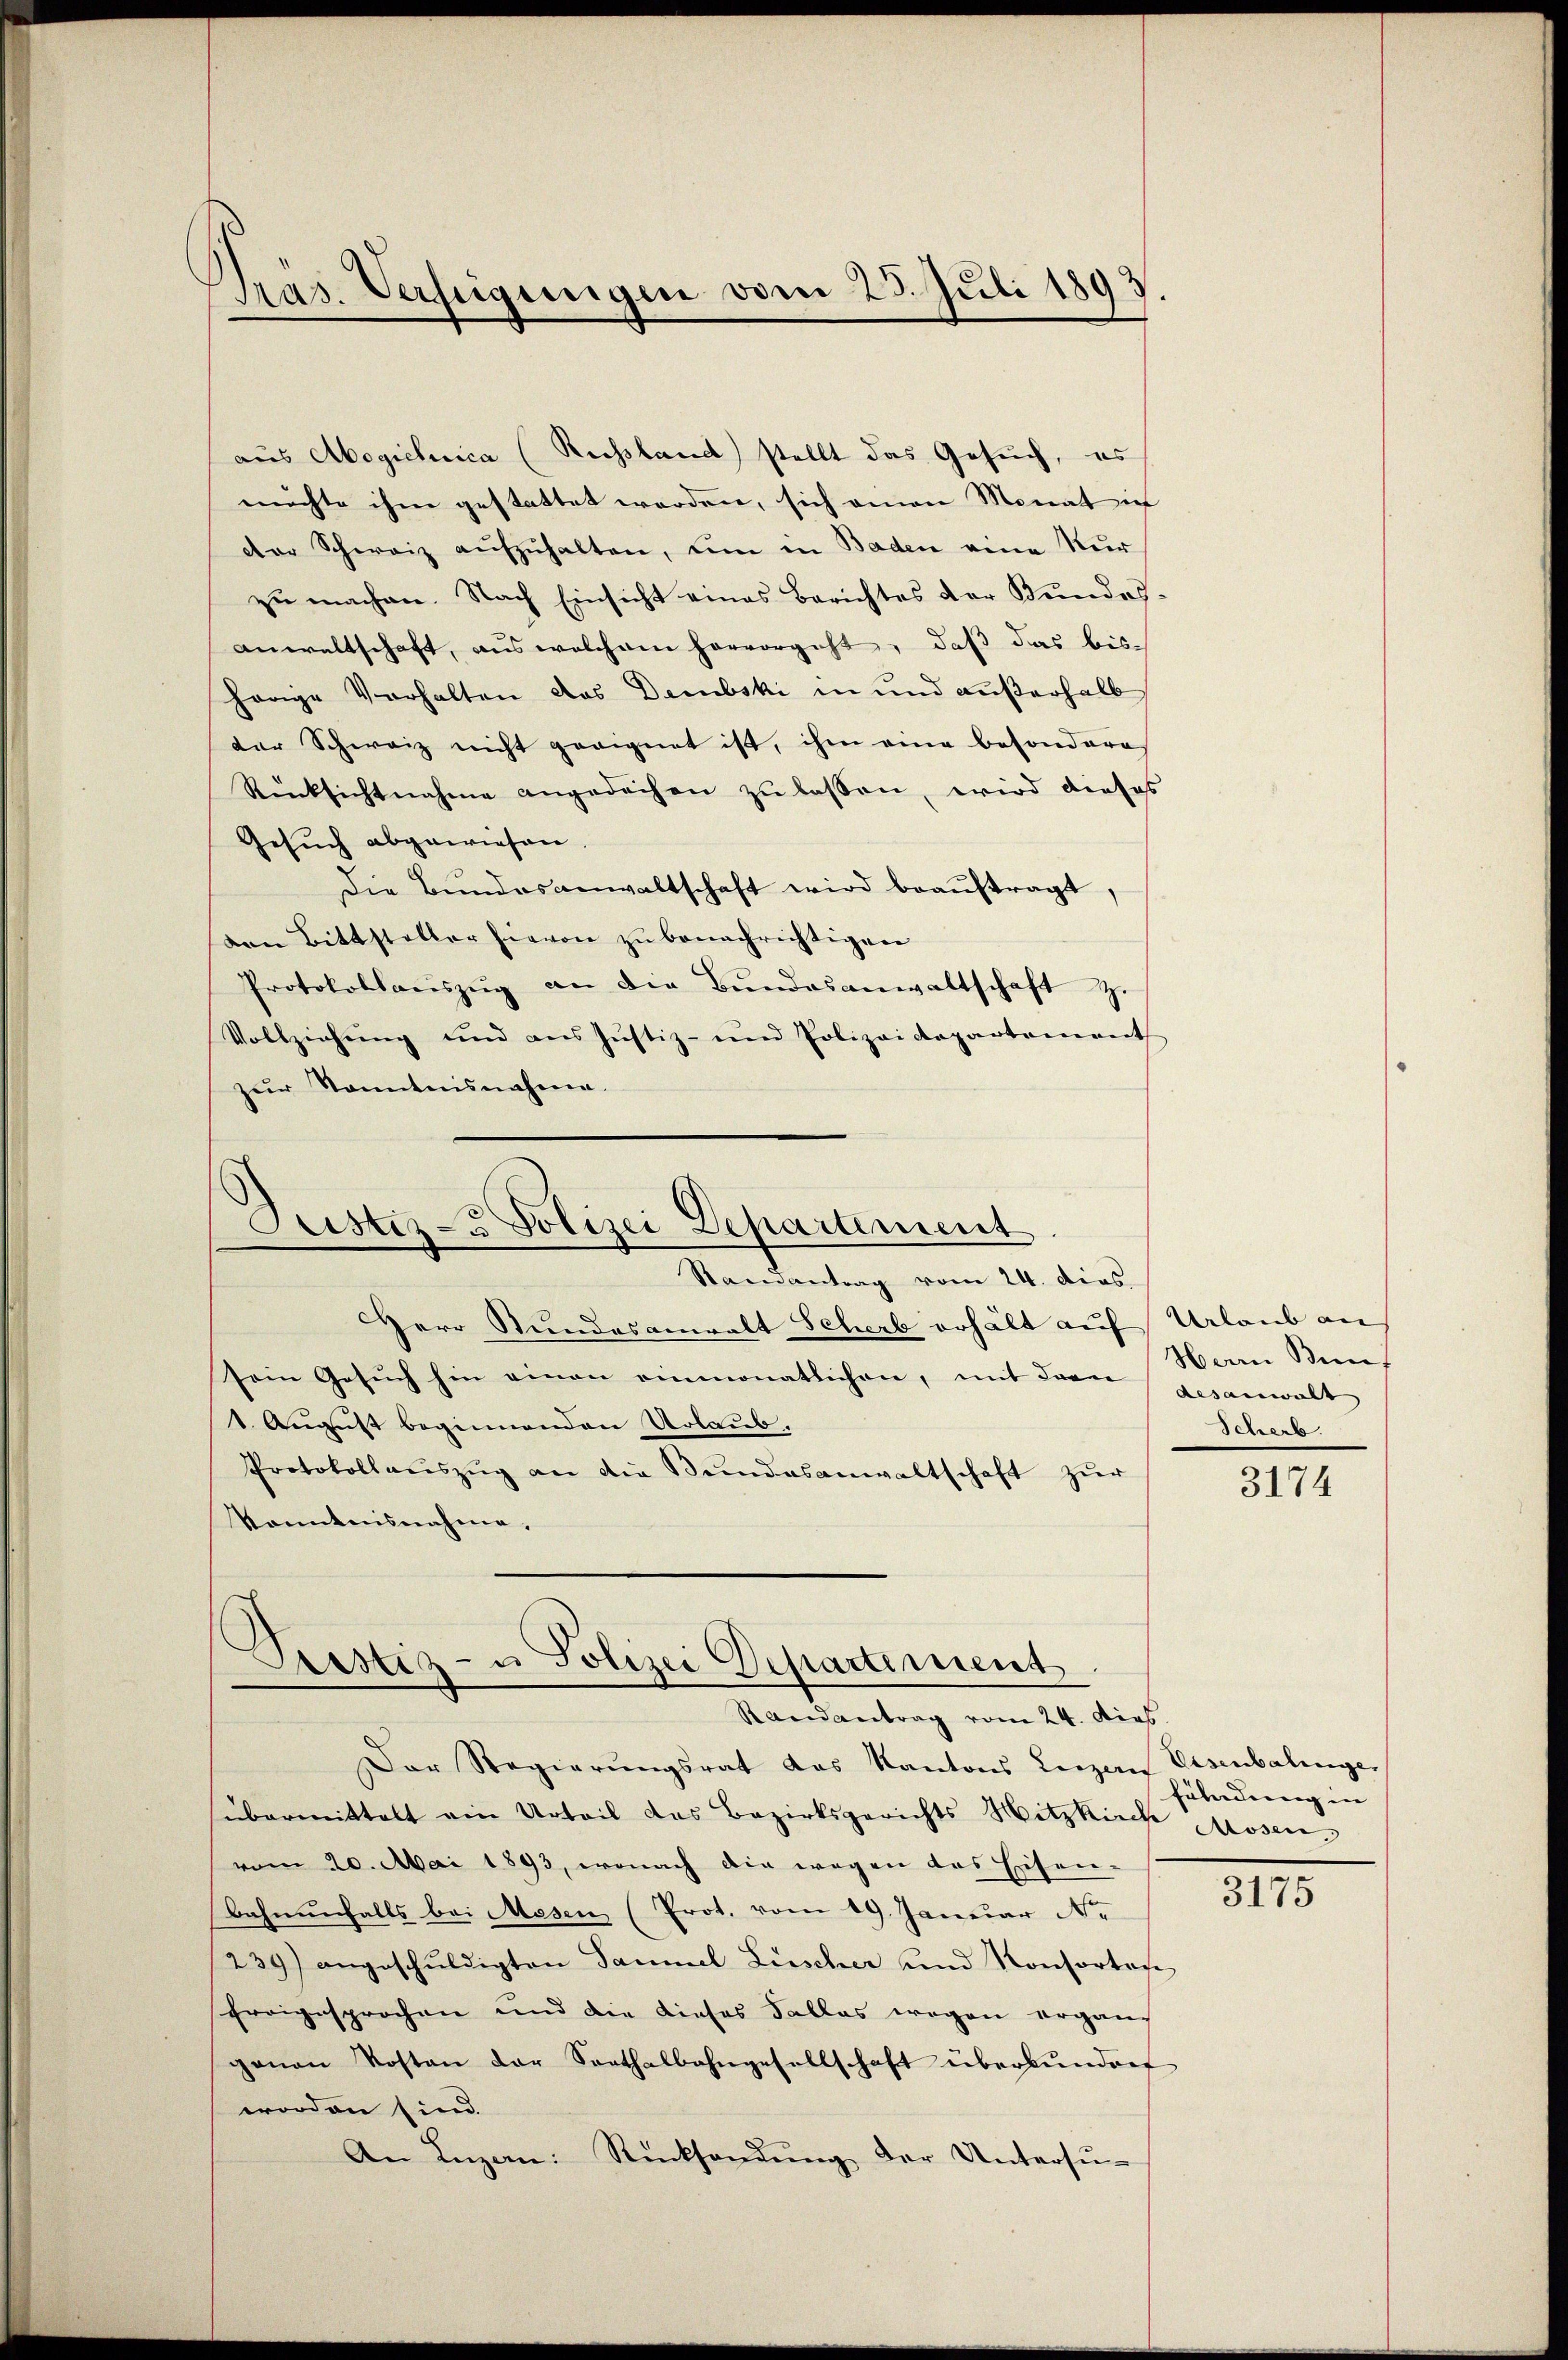
Pras. Verfügungen vom 23. Juli 1893.

aus Abogichnica (Rechsland stellt das Gesuch, es
möchte ihm gestattet werden, sich einen Monat ich
der Schweiz aufzuhalten, um in Baden eine Nur
zu machen. Nach Einsicht eines Berichtes der Bundesanwaltschaft, aus welchem hervorgeht, daß das bis
herige Verhalten das Dembski in und außerhalb
der Schweiz nicht geeignet ist, ihm eine besondere
Rücksichtnahme angedachen zŭ lassen, wird dieses
Gesŭch abgewiesen.
Die Bundesanwaltschaft wird beaŭftragt,
den Bittsteller hievon zu benachrichtigen
Protokollanszŭg an die Bŭndesanwaltschaft z.
Vollziehung und aus Justiz- und Polizeidepartement
zur Kenntnisnahme.

Herr Stundesanwalt Scherb erhält auf Urlaub an
sein Gesŭch hin einen einmonatlichen, mit der gesanwalt
1. August beginnenden Urlaub.
Protokollaŭszŭg an die Bŭndesanwaltschaft zŭr
Kenntnisnahme,

Justiz- & Polizei Departement
Randantrag vom 24. dies

Prestiz- u Polizei Departement
Randantrag vom 24. Dieb

Der Regierungsrat das Kantons Leizen Eisenbalinge
übermittelt ein Urteil das Bezirksgerichts Hitzkirch Mosen,
vom 20. Mai 1893, wonach die wegen das Eisen-
bahnenfalls bei Mesen (Prot. vom 19. Januar Nr.
239) angeschŭldigten Sammel Liescher und Konsortage
Ereigesprochen und die dieses Falles wegen erganganan Kosten der Sorthalbahngesellschaft überbŭnden
worden sind.
An Lŭzern: Rücksendŭng der Untersŭ-

Herrn Bunf
Scherb

3174

fühndung in

3175